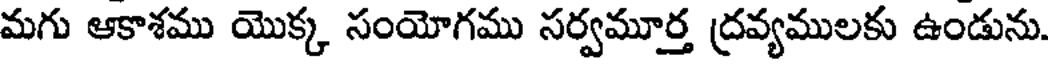
మగు ఆకాశము యొక్క సంయోగము సర్వమూర్త ద్రవ్యములకు ఉండును.